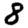
Digit: 8